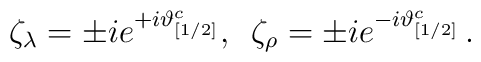
\zeta_\lambda = \pm ie^{+i\vartheta^c_{[1/2]}},\,\,\,\zeta_\rho = \pm ie^{-i\vartheta^c_{[1/2]}}\, .